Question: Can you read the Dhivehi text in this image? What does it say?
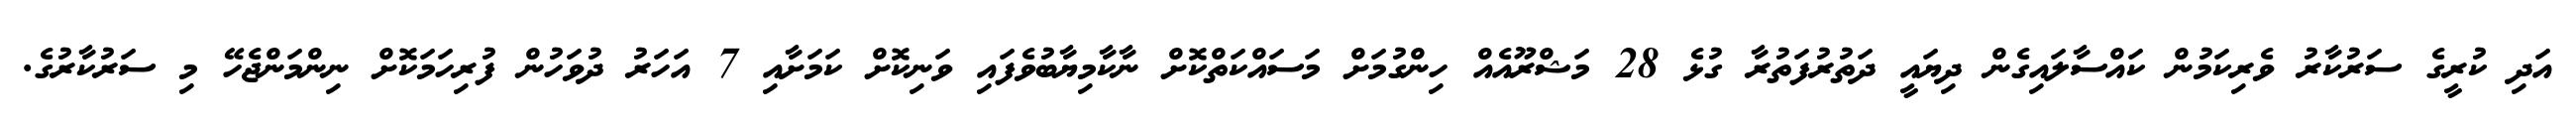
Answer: އަދި ކުރީގެ ސަރުކާރު ވެރިކަމުން ކައްސާލައިގެން ދިޔައީ ދަތުރުފަތުރާ ގުޅެ 28 މަޝްރޫއެއް ހިންގުމަށް މަސައްކަތްކޮށް ނާކާމިޔާބުވެފައި ވަނިކޮށް ކަމަށާއި 7 އަހަރު ދުވަހުން ފުރިހަމަކޮށް ނިންމަންޖެހޭ މި ސަރުކާރުގެ.